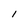
Character: I